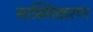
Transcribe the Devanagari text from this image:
साक्तिकरण